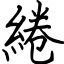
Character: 綣